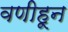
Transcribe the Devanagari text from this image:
वणीहून